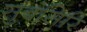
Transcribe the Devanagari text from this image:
सुबंसिरि